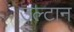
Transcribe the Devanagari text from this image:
उल्टान